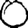
Digit: 0